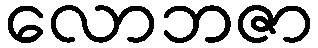
လောဘဇာ